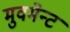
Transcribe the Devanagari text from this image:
मुवमेन्ट